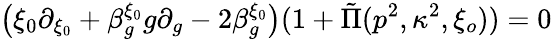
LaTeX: \left(\xi_{0}\partial_{\xi_{0}}+\beta_{g}^{\xi_{0}}g\partial_{g}-2\beta_{g}^{\xi_{0}}\right)(1+\tilde{\Pi}(p^{2},\kappa^{2},\xi_{o}))=0